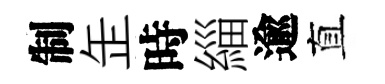
制𦈢時緇逾直